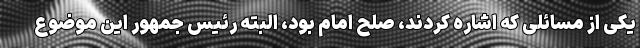
یکی از مسائلی که اشاره کردند، صلح امام بود، البته رئیس جمهور این موضوع